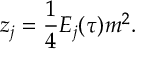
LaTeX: z _ { j } = { \frac { 1 } { 4 } } E _ { j } ( \tau ) m ^ { 2 } .